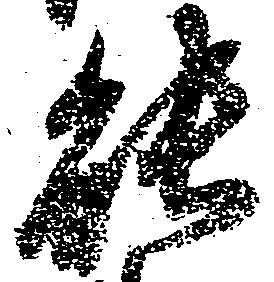
能